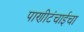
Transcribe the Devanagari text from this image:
पाणीटंचाईचा